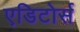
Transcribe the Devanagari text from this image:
एडिटोर्स